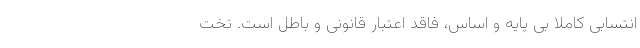
انتسابی کاملاً بی پایه و اساس، فاقد اعتبار قانونی و باطل است. تخت